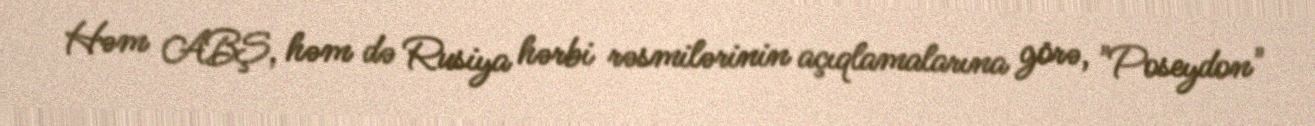
Həm ABŞ, həm də Rusiya hərbi rəsmilərinin açıqlamalarına görə, "Poseydon"